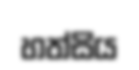
හත්සිය